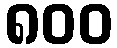
၈၀၀